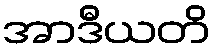
အာဒီယတိ